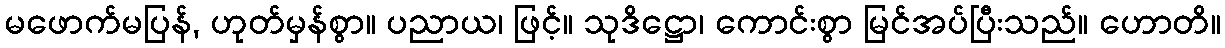
မဖောက်မပြန်, ဟုတ်မှန်စွာ။ ပညာယ၊ ဖြင့်။ သုဒိဋ္ဌော၊ ကောင်းစွာ မြင်အပ်ပြီးသည်။ ဟောတိ။